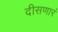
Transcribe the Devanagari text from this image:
दीसणारं